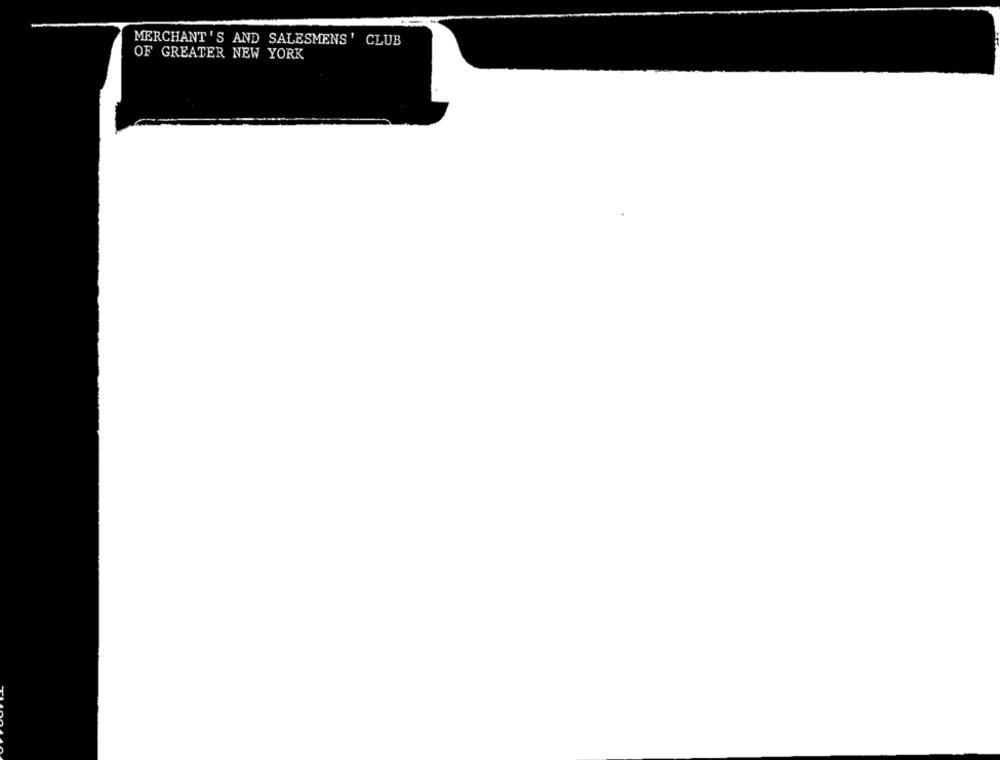
MERCHANT 'S AND SALESMENS' CLUB
OF GREATER NEW YORK